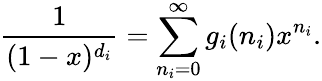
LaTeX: \frac{1}{(1-x)^{d_{i}}}=\sum_{n_{i}=0}^{\infty}g_{i}(n_{i})x^{n_{i}}.